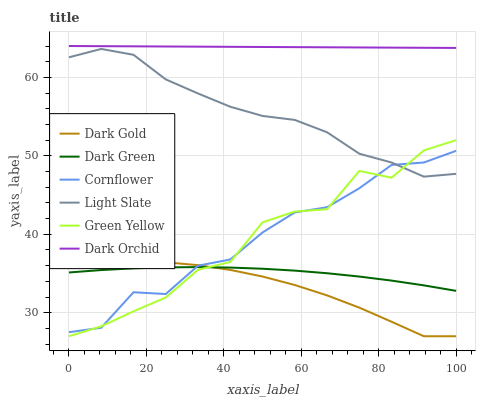
| xaxis_label | Dark Gold | Dark Green | Cornflower | Light Slate | Green Yellow | Dark Orchid |
 | --- | --- | --- | --- | --- | --- | --- |
 | 0 | 36.1 | 35.1 | 27.5 | 62.6 | 27 | 64 |
 | 8.33 | 36.4 | 35.4 | 28.1 | 63.6 | 28.3 | 64 |
 | 16.7 | 36.6 | 35.7 | 32.6 | 62.9 | 30.2 | 64 |
 | 25 | 36.4 | 35.8 | 32.4 | 59.7 | 31.9 | 63.9 |
 | 33.3 | 36.1 | 35.8 | 36 | 57.9 | 35.5 | 63.9 |
 | 41.7 | 35.5 | 35.8 | 36.8 | 56.3 | 36.5 | 63.9 |
 | 50 | 34.6 | 35.6 | 40.2 | 55.1 | 41.5 | 63.9 |
 | 58.3 | 33.5 | 35.4 | 42.8 | 54.6 | 42.9 | 63.9 |
 | 66.7 | 32.2 | 35 | 43.4 | 53 | 43.2 | 63.8 |
 | 75 | 30.6 | 34.6 | 45.9 | 50.3 | 48.1 | 63.8 |
 | 83.3 | 28.8 | 34.1 | 48.8 | 49.1 | 47.2 | 63.8 |
 | 91.7 | 27 | 33.5 | 49.1 | 47.3 | 50.7 | 63.8 |
 | 100 | 27 | 32.8 | 50.6 | 47.7 | 52 | 63.8 |